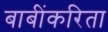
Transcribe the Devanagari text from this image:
बाबींकरिता